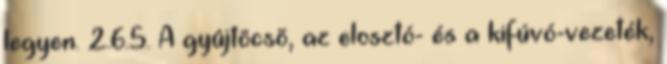
legyen. 2.6.5. A gyûjtõcsõ, az elosztó- és a kifúvó-vezeték,